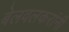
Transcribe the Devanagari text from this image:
बेलवलकरांनी